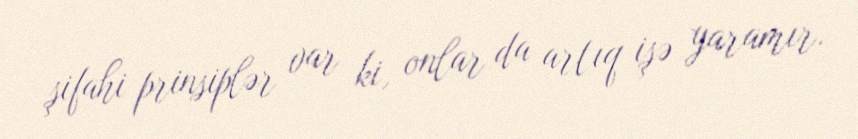
şifahi prinsiplər var ki, onlar da artıq işə yaramır.